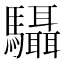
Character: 䯀